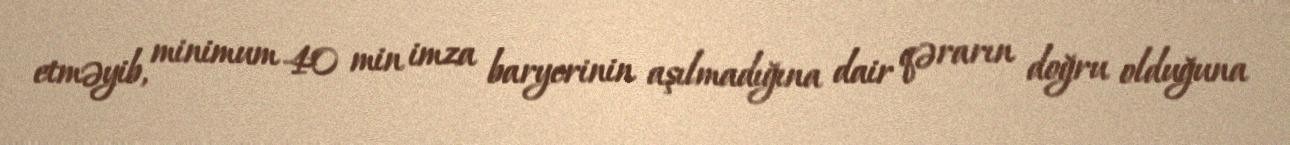
etməyib, minimum 40 min imza baryerinin aşılmadığına dair qərarın doğru olduğuna